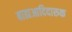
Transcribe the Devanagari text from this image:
बाह्यआदिदारुक